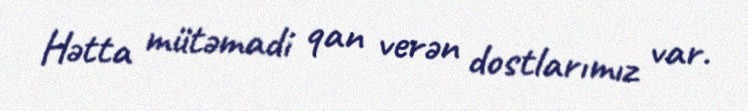
Hətta mütəmadi qan verən dostlarımız var.